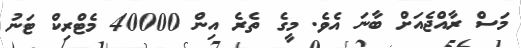
މަސް ރާއްޖެއަށް ބާނަ އެވެ. މީގެ ތެރެ އިން 40000 މެޓްރިކް ޓަނު